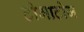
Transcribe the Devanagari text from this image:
टोमाटोज